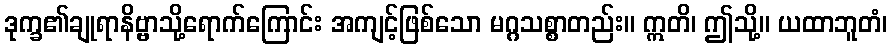
ဒုက္ခ၏ချုရာနိဗ္ဗာသို့ရောက်ကြောင်း အကျင့်ဖြစ်သော မဂ္ဂသစ္စာတည်း။ ဣတိ၊ ဤသို့။ ယထာဘူတံ၊